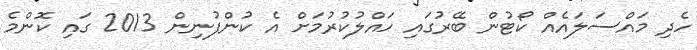
ހެދި މައްސަލައެއް ކޯޓުން ބޭރުގައި ހައްލުކުރުމަށް އެ ކުންފުނިން 2013 ގައި ކޮންމެ